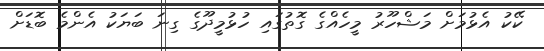
ކޭކު އެޅުމަށް މަޝްހޫރު މީހެއްގެ ގޮތުގައި ހުޅުމީދޫގެ ގިނަ ބަޔަކު އެންމެ ބޮޑަށް